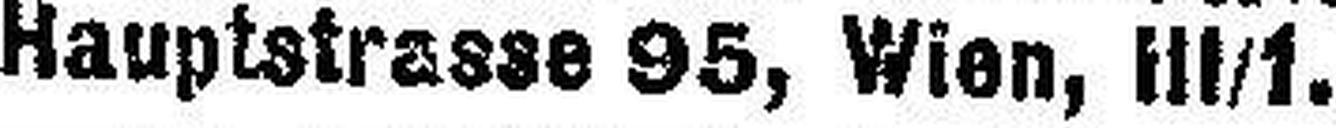
Hauptstrasse 95, Wien, Ill/1.